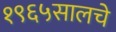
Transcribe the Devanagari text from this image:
१९६५सालचे